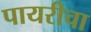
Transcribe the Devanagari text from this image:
पायरीचा